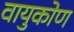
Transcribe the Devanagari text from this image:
वायुकोण